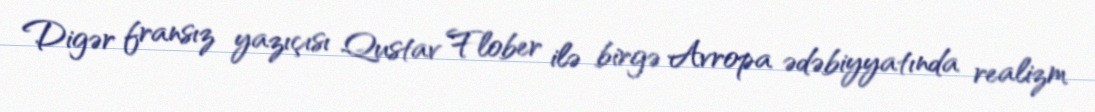
Digər fransız yazıçısı Qustav Flober ilə birgə Avropa ədəbiyyatında realizm